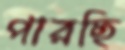
পারছি